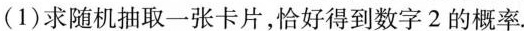
(1)求随机抽取一张卡片，恰好得到数字2的概率.